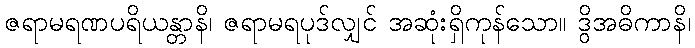
ဇရာမရဏပရိယန္တာနိ၊ ဇရာမရပုဒ်လျှင် အဆုံးရှိကုန်သော။ ဒွိအဓိကာနိ၊